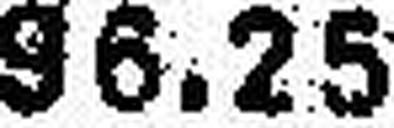
96.25